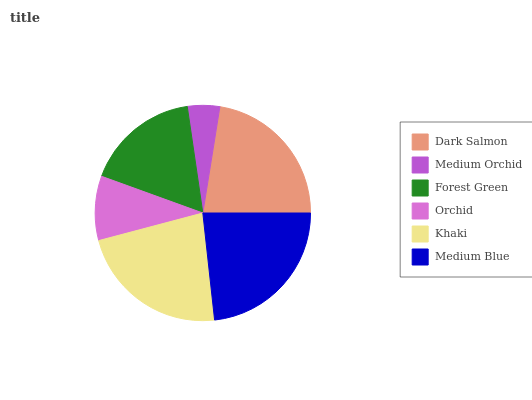
| Dark Salmon | Medium Orchid | Forest Green | Orchid | Khaki | Medium Blue |
 | --- | --- | --- | --- | --- | --- |
 | 22.4% | 4.84% | 17.2% | 9.66% | 22.6% | 23.2% |